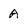
Character: A